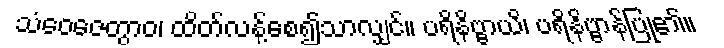
သံဝေဇေတွာဝ၊ ထိတ်လန့်စေ၍သာလျှင်။ ပရိနိဗ္ဗာယိ၊ ပရိနိဗ္ဗာန်ပြု၏။